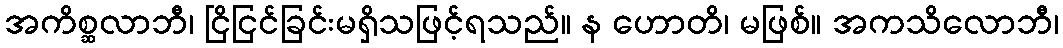
အကိစ္ဆလာဘီ၊ ငြိငြင်ခြင်းမရှိသဖြင့်ရသည်။ န ဟောတိ၊ မဖြစ်။ အကသိလောဘီ၊